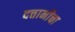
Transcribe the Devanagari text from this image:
दत्तानीचा